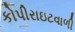
કોપીરાઇટવાળી